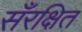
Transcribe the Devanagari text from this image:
सँरक्षित